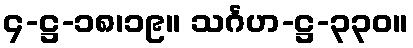
၄-ဋ္ဌ-၁၈၊၁၉။ သင်္ဂဟ-ဋ္ဌ-၃၃၀။